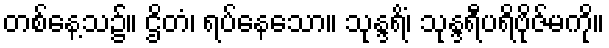
တစ်နေ့သ၌။ ဌိတံ၊ ရပ်နေသော။ သုန္ဒရိံ၊ သုန္ဒရီပရိဗိုဇ်မကို။